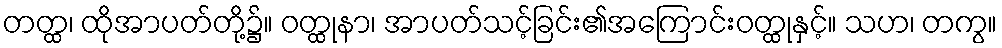
တတ္ထ၊ ထိုအာပတ်တို့၌။ ဝတ္ထုနာ၊ အာပတ်သင့်ခြင်း၏အကြောင်းဝတ္ထုနှင့်။ သဟ၊ တကွ။